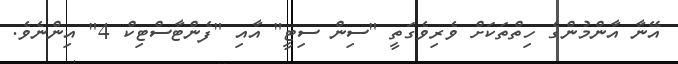
އޭނާ އާންމުންގެ ހިތްތަކަށް ވެރިވެގަތީ "ސިން ސިޓީ" އާއި "ފެންޓާސްޓިކް 4" އިންނެވެ.